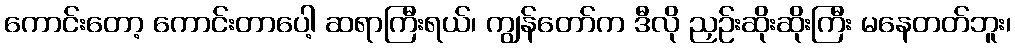
ကောင်းတော့ ကောင်းတာပေါ့ ဆရာကြီးရယ်၊ ကျွန်တော်က ဒီလို ညှဉ်းဆိုးဆိုးကြီး မနေတတ်ဘူး၊